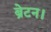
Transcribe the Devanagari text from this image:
ब्रेटन।